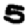
Digit: 5